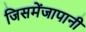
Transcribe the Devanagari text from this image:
जिसमेंजापानी